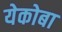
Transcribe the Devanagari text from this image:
येकोबा